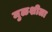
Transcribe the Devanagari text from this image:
मुळशीला